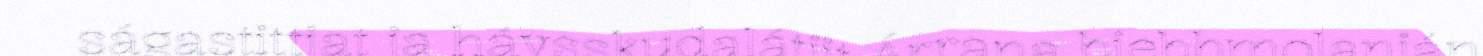
ságastittjat ja hávsskudalátjit Árrana biebbmolanján